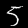
Label: 5